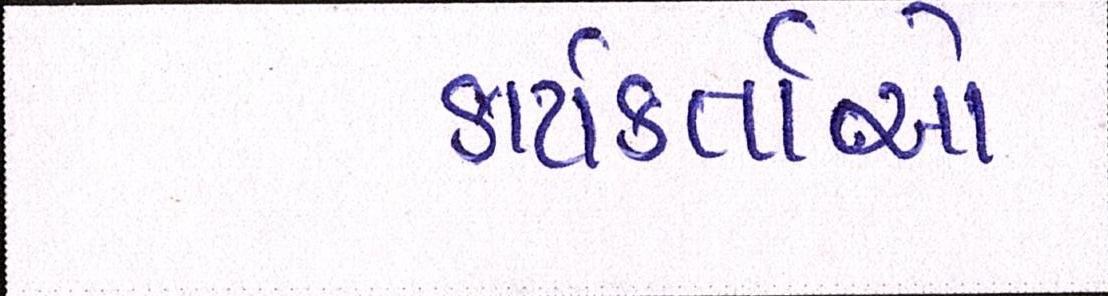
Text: કાર્યકતાર્આે